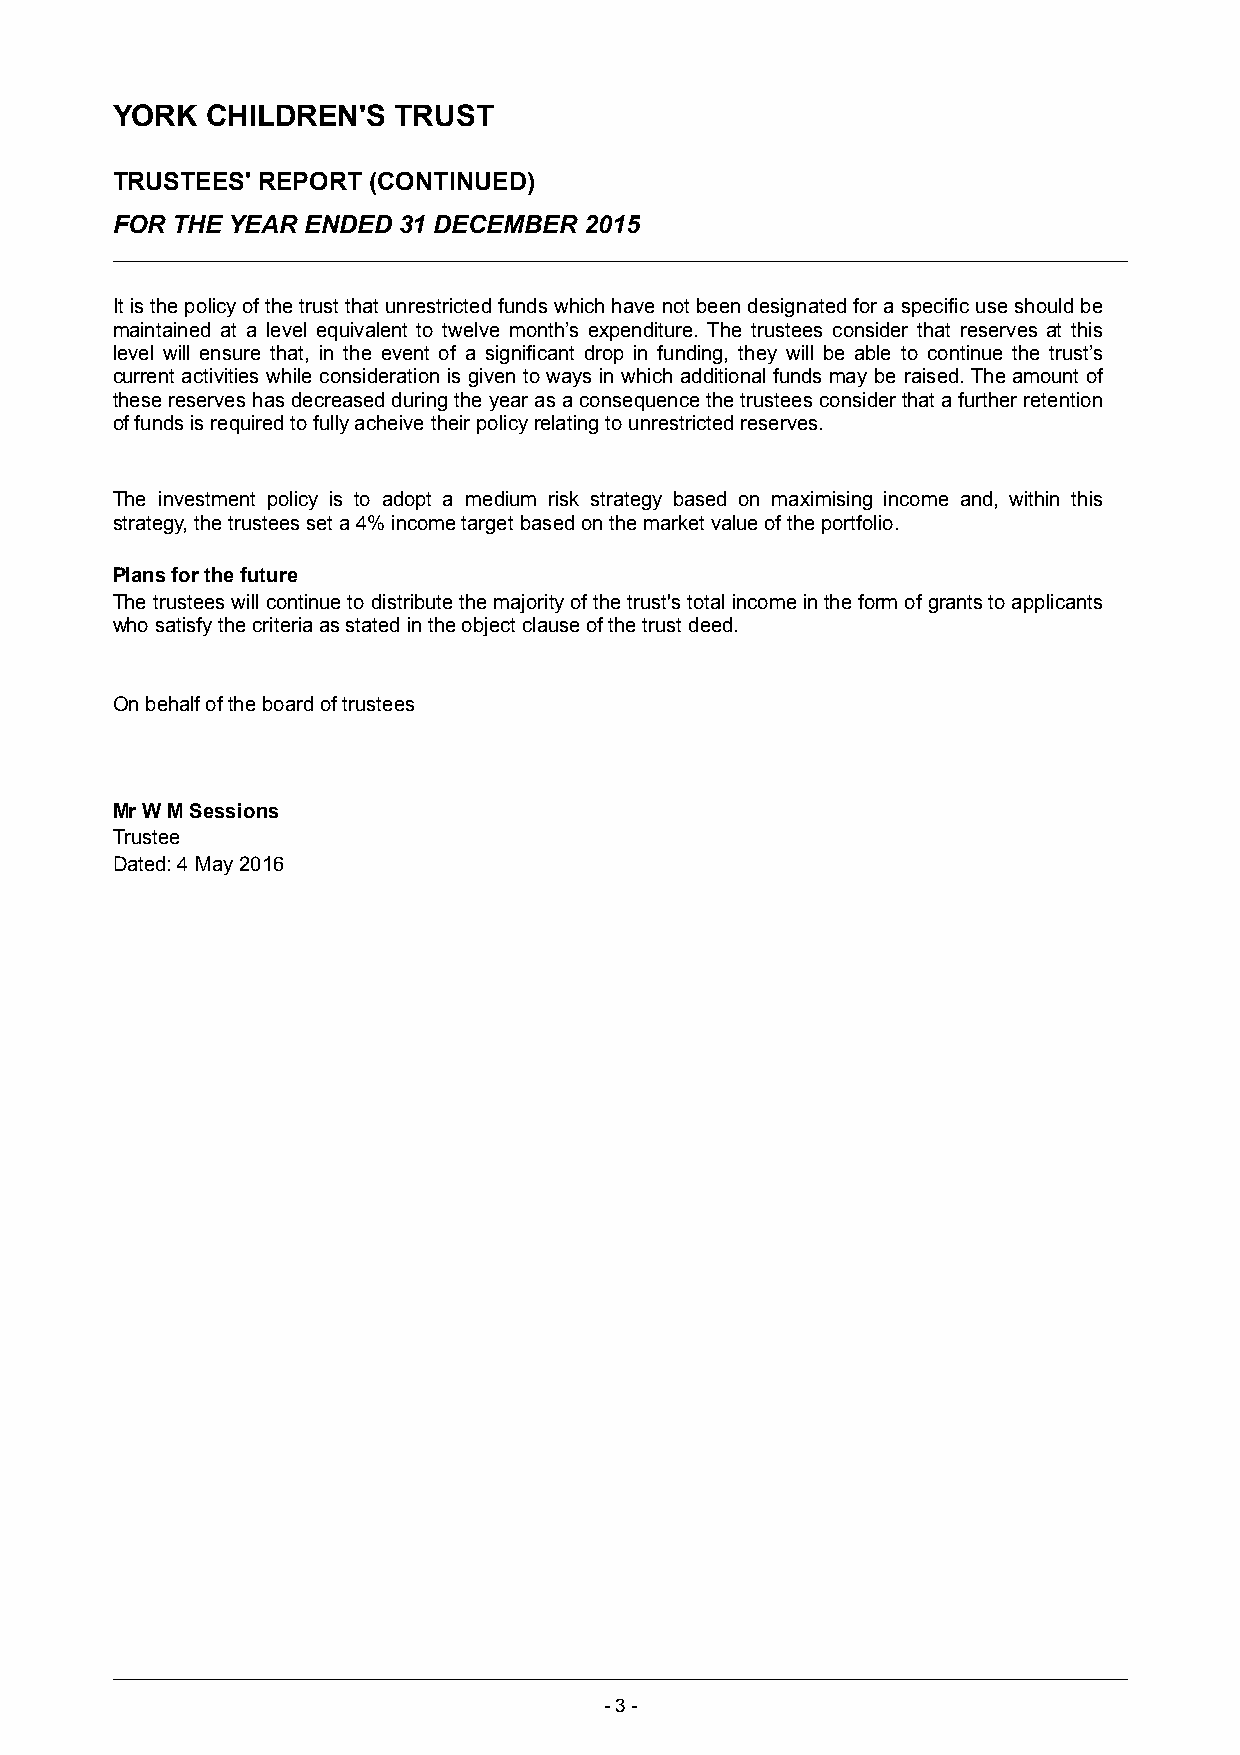
YORK   CHILDREN'S  TRUST
 TRUSTEES' REPORT (CONTINUED)
 FOR THE YEAR ENDED 31 DECEMBER  2015
 It is the policy of the trust that unrestricted funds which have not been designated for a specific use should be
 maintained at a level equivalent to twelve month’s expenditure. The trustees consider that reserves at this
 level will ensure that, in the event of a significant drop in funding, they will be able to continue the trust’s
 current activities while consideration is given to ways in which additional funds may be raised. Theamount of
 these reserves has decreased during the year as a consequencethe trustees consider that a further retention
 of funds is required to fully acheive their policy relating to unrestricted reserves.
 The investment policy is to adopt a medium risk strategy based on maximising income and, within this
 strategy, the trustees set a 4% income target based on the market value of the portfolio.
 Plans for the future
 The trustees will continue to distribute the majority of the trust's total income in the form of grants to applicants
 who satisfy the criteria as stated in the object clause of the trust deed.
 On behalf of the board of trustees
 Mr W M Sessions
 Trustee
 Dated: 4 May 2016
 -3 -